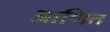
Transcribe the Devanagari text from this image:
आणित